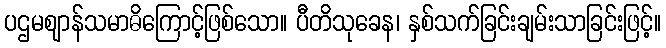
ပဌမဈာန်သမာဓိကြောင့်ဖြစ်သော။ ပီတိသုခေန၊ နှစ်သက်ခြင်းချမ်းသာခြင်းဖြင့်။